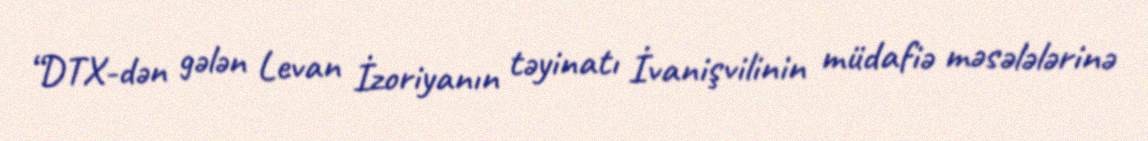
“DTX-dən gələn Levan İzoriyanın təyinatı İvanişvilinin müdafiə məsələlərinə